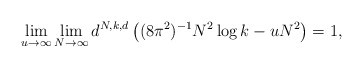
\begin{align*}\lim_{u\to \infty} \lim_{N\to \infty} d^{N,k,d} \left( (8\pi^2)^{-1}N^2\log k-uN^2 \right)=1,\end{align*}